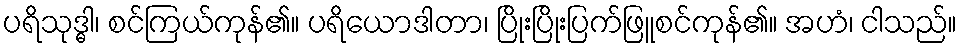
ပရိသုဒ္ဓါ၊ စင်ကြယ်ကုန်၏။ ပရိယောဒါတာ၊ ပြိုးပြိုးပြက်ဖြူစင်ကုန်၏။ အဟံ၊ ငါသည်။